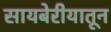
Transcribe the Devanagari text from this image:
सायबेरीयातून